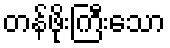
တန်ဖိုးကြီးသော